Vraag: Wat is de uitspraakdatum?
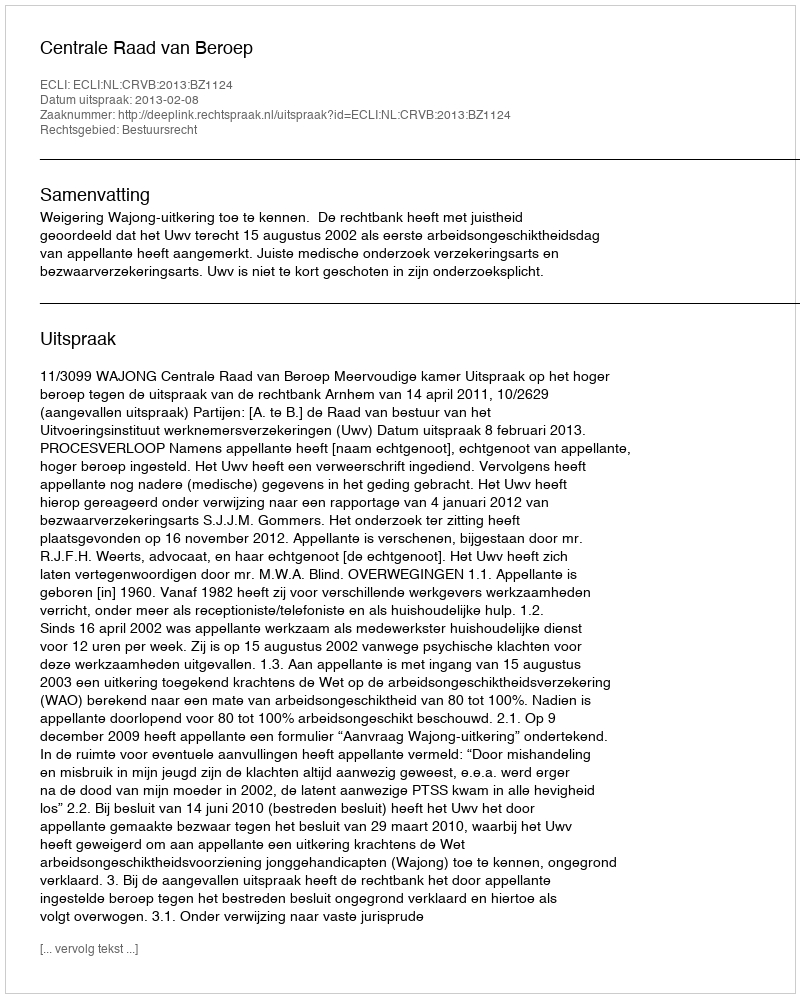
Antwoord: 2013-02-08